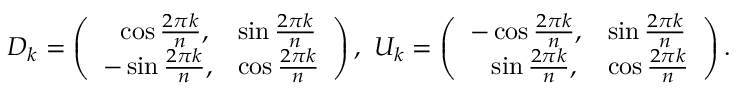
D _ { k } = \left( \begin{array} { l l } { { \, \, \, \, \cos \frac { 2 \pi k } { n } , } } & { { \sin \frac { 2 \pi k } { n } } } \\ { { - \sin \frac { 2 \pi k } { n } , } } & { { \cos \frac { 2 \pi k } { n } } } \end{array} \right) , \, \, U _ { k } = \left( \begin{array} { l l } { { - \cos \frac { 2 \pi k } { n } , } } & { { \sin \frac { 2 \pi k } { n } } } \\ { { \, \, \, \, \, \sin \frac { 2 \pi k } { n } , } } & { { \cos \frac { 2 \pi k } { n } } } \end{array} \right) .